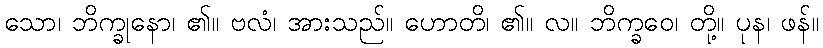
သော၊ ဘိက္ခုနော၊ ၏။ ဗလံ၊ အားသည်။ ဟောတိ၊ ၏။ လ။ ဘိက္ခဝေ၊ တို့။ ပုန၊ ဖန်။